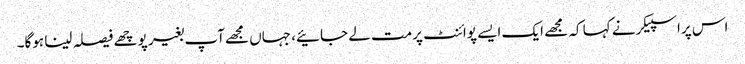
اس پراسپیکرنے کہا کہ مجھے ایک ایسے پوائنٹ پرمت لے جائیے، جہاں مجھےآپ بغیر پوچھے فیصلہ لینا ہوگا۔